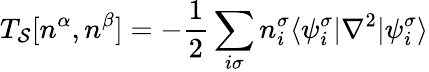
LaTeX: T_{\mathcal{S}}[n^{\alpha},n^{\beta}]=-\frac{{1}}{{2}}\sum_{i\sigma}n_{i}^{\sigma}\langle\psi_{i}^{\sigma}|\nabla^{2}|\psi_{i}^{\sigma}\rangle